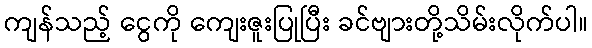
ကျန်သည့် ငွေကို ကျေးဇူးပြုပြီး ခင်ဗျားတို့သိမ်းလိုက်ပါ။